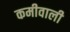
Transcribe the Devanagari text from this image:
कमीवाली